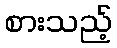
စားသည့်